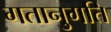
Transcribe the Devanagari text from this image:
गतानुगति